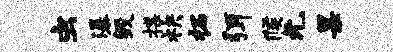
虫瀑毁揲袂柘弭候无杲